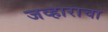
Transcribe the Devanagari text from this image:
जव्हाराचा